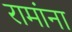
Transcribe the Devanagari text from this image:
रामांना